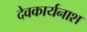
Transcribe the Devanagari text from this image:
देवकार्यनाश